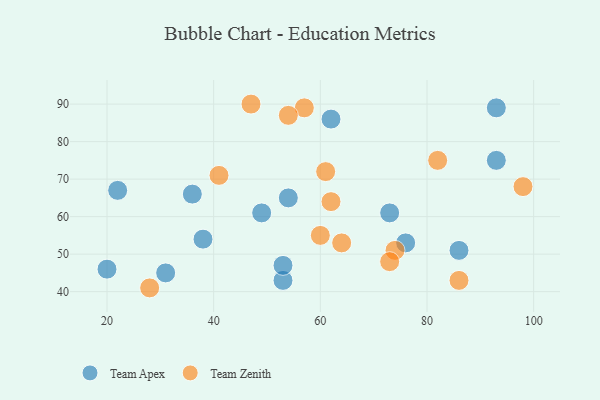
{"axis": {"x": "GDP", "y": "Life Expectancy"}, "legend": ["Team Apex", "Team Zenith"], "data": [{"x": "86", "y": 51, "type": "Team Apex"}, {"x": "76", "y": 53, "type": "Team Apex"}, {"x": "54", "y": 65, "type": "Team Apex"}, {"x": "62", "y": 86, "type": "Team Apex"}, {"x": "73", "y": 61, "type": "Team Apex"}, {"x": "93", "y": 75, "type": "Team Apex"}, {"x": "31", "y": 45, "type": "Team Apex"}, {"x": "36", "y": 66, "type": "Team Apex"}, {"x": "53", "y": 43, "type": "Team Apex"}, {"x": "38", "y": 54, "type": "Team Apex"}, {"x": "93", "y": 89, "type": "Team Apex"}, {"x": "53", "y": 47, "type": "Team Apex"}, {"x": "20", "y": 46, "type": "Team Apex"}, {"x": "49", "y": 61, "type": "Team Apex"}, {"x": "22", "y": 67, "type": "Team Apex"}, {"x": "98", "y": 68, "type": "Team Zenith"}, {"x": "82", "y": 75, "type": "Team Zenith"}, {"x": "60", "y": 55, "type": "Team Zenith"}, {"x": "62", "y": 64, "type": "Team Zenith"}, {"x": "61", "y": 72, "type": "Team Zenith"}, {"x": "74", "y": 51, "type": "Team Zenith"}, {"x": "41", "y": 71, "type": "Team Zenith"}, {"x": "86", "y": 43, "type": "Team Zenith"}, {"x": "28", "y": 41, "type": "Team Zenith"}, {"x": "57", "y": 89, "type": "Team Zenith"}, {"x": "47", "y": 90, "type": "Team Zenith"}, {"x": "73", "y": 48, "type": "Team Zenith"}, {"x": "64", "y": 53, "type": "Team Zenith"}, {"x": "54", "y": 87, "type": "Team Zenith"}]}